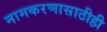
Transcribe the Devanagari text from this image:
नामकरणासाठीही